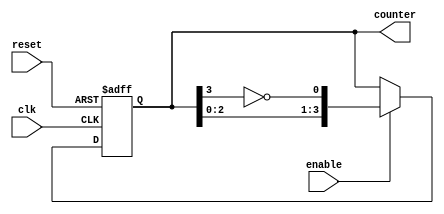
module Johnson_Counter_with_Enable(
    input wire clk,
    input wire reset,
    input wire enable,
    output reg [3:0] counter
);

reg [3:0] next_state;

always @ (posedge clk or posedge reset) begin
    if(reset) begin
        counter <= 4'b0000;
    end
    else if(enable) begin
        counter <= next_state;
    end
end

always @ (*) begin
    next_state = {counter[2], counter[1], counter[0], ~counter[3]};
end

endmodule